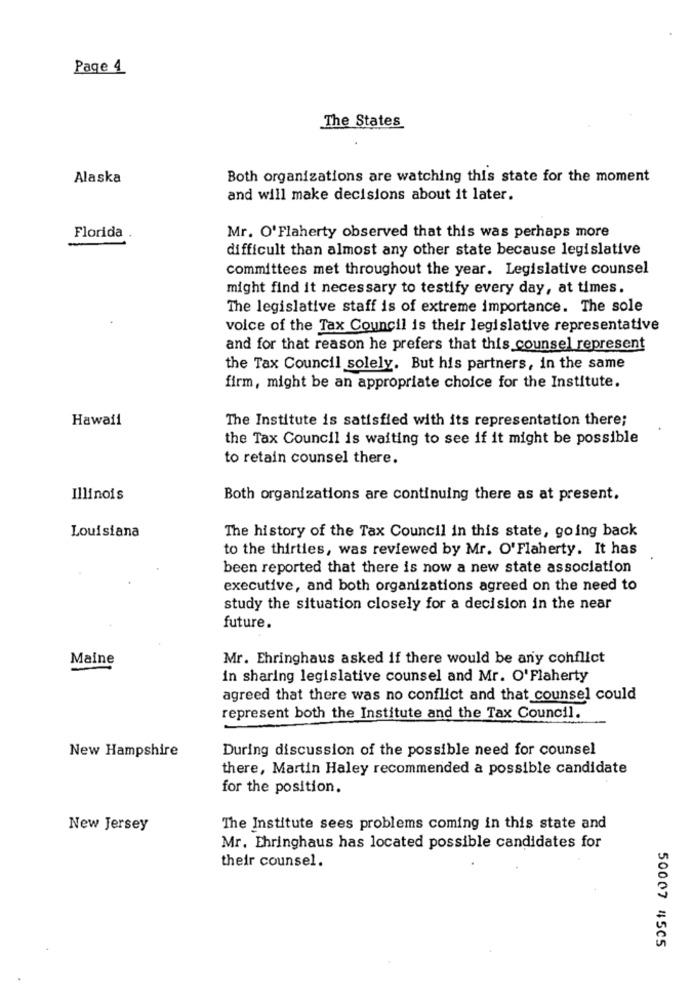
Page 4
The States
Alaska
Both organizations are watching this state for the moment
and will make decisions about it later.
Florida
Mr. O' Flaherty observed that this was perhaps more
difficult than almost any other state because legislative
committees met throughout the year. Legislative counsel
might find it necessary to testify every day, at times.
The legislative staff is of extreme importance. The sole
voice of the Tax Council is their legislative representative
and for that reason he prefers that this counsel represent
the Tax Council solely. But his partners, in the same
firm, might be an appropriate choice for the Institute.
Hawaii
The Institute is satisfied with its representation there;
the Tax Council is waiting to see if it might be possible
to retain counsel there.
Illinois
Both organizations are continuing there as at present.
Louisiana
The history of the Tax Council in this state, going back
to the thirties, was reviewed by Mr. O'Flaherty. It has
been reported that there is now a new state association
executive, and both organizations agreed on the need to
study the situation closely for a decision in the near
future.
Maine
Mr. Ehringhaus asked if there would be any conflict
in sharing legislative counsel and Mr. O'Flaherty
agreed that there was no conflict and that counsel could
represent both the Institute and the Tax Council.
New Hampshire
During discussion of the possible need for counsel
there, Martin Haley recommended a possible candidate
for the position.
New Jersey
The Institute sees problems coming in this state and
Mr. Ehringhaus has located possible candidates for
their counsel.
50007 45C5